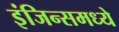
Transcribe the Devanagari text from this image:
इंजिन्समध्ये